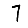
Digit: 7